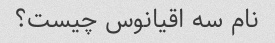
نام سه اقیانوس چیست؟